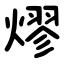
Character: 熮